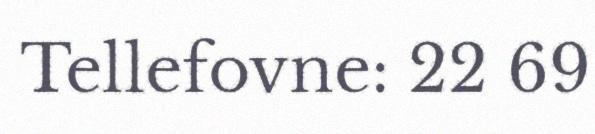
Tellefovne: 22 69